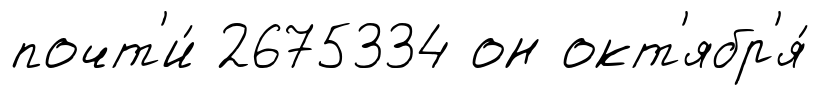
почт'и́ 2675334 он окт'ябр'я́